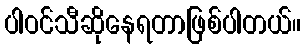
ပါဝင်သီဆိုနေရတာဖြစ်ပါတယ်။